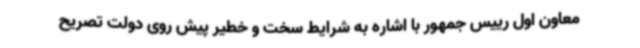
معاون اول رییس جمهور با اشاره به شرایط سخت و خطیر پیش روی دولت تصریح